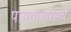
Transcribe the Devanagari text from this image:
पायथागोरसचे